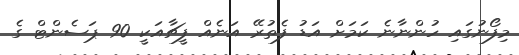
މިފޯނުގައި ހުންނާނެ ކަމަށް އަޑު ފެތުރޭ އަނެއް ފީޗާއަކީ 90 ޕަސެންޓް ގެ